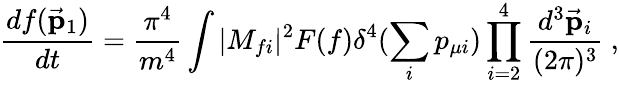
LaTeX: \frac{df(\vec{{\mathbf p}}_{1})}{dt}=\frac{\pi^{4}}{m^{4}}\int|M_{fi}|^{2}F(f)\delta^{4}(\sum_{i}p_{\mu i})\prod_{i=2}^{4}\frac{d^{3}\vec{{\mathbf p}}_{i}}{(2\pi)^{3}}~,